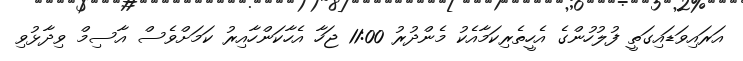
އަރައިވަޑައިގަތީ ފުލުހުންގެ އެހީތެރިކަމާއެކު މެންދުރު 11:00 ޖަހާ އެހާކަންހާއިރު ކަމަށްވެސް އާސިމް ވިދާޅުވި